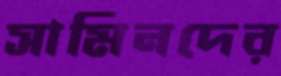
সামিনদের